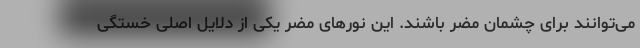
می‌توانند برای چشمان مضر باشند. این نورهای مضر یکی از دلایل اصلی خستگی